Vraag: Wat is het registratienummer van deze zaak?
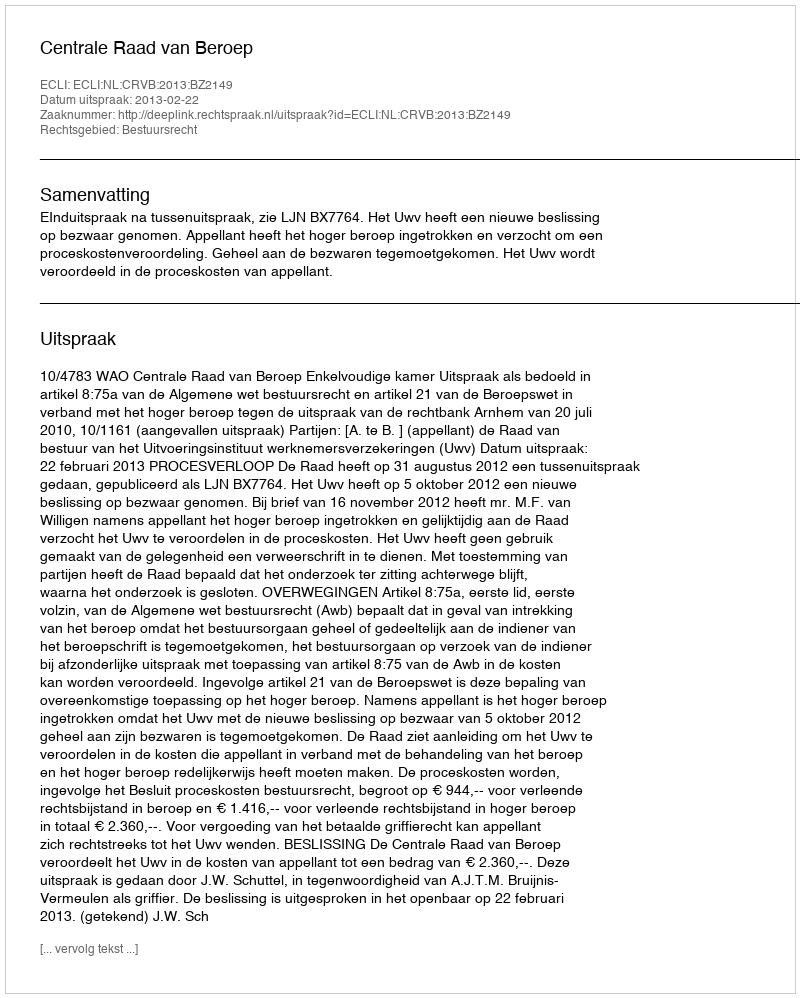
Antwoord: http://deeplink.rechtspraak.nl/uitspraak?id=ECLI:NL:CRVB:2013:BZ2149